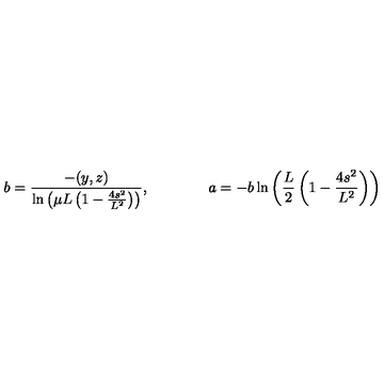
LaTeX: b = \frac { - ( y , z ) } { \ln \left( \mu L \left( 1 - \frac { 4 s ^ { 2 } } { L ^ { 2 } } \right) \right) } , \qquad \qquad a = - b \ln \left( \frac { L } { 2 } \left( 1 - \frac { 4 s ^ { 2 } } { L ^ { 2 } } \right) \right)